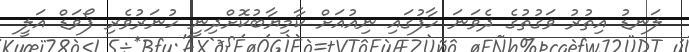
ލަނޑު އިތުރު ވަގުތުގެ ދެވަނަ ހާފުގައި ނިއުއަށް ކާމިޔާބުކޮށްދިނީ ހުނަރުވެރި ފޯވަޑް އަލީ